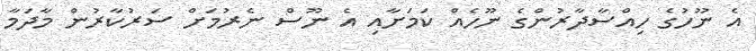
އެ ނޫހުގެ ހިއްސާދާރުންގެ ނޫހެއް ކަމަށާއި އެ ނޫސް ނެރުމަށް ސަރުކާރުން މާދަމާ